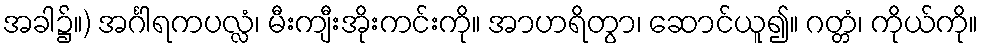
အခါ၌။) အင်္ဂါရကပလ္လံ၊ မီးကျီးအိုးကင်းကို။ အာဟရိတွာ၊ ဆောင်ယူ၍။ ဂတ္တံ၊ ကိုယ်ကို။